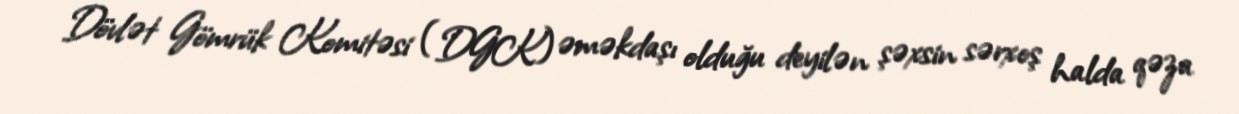
Dövlət Gömrük Komitəsi (DGK) əməkdaşı olduğu deyilən şəxsin sərxoş halda qəza